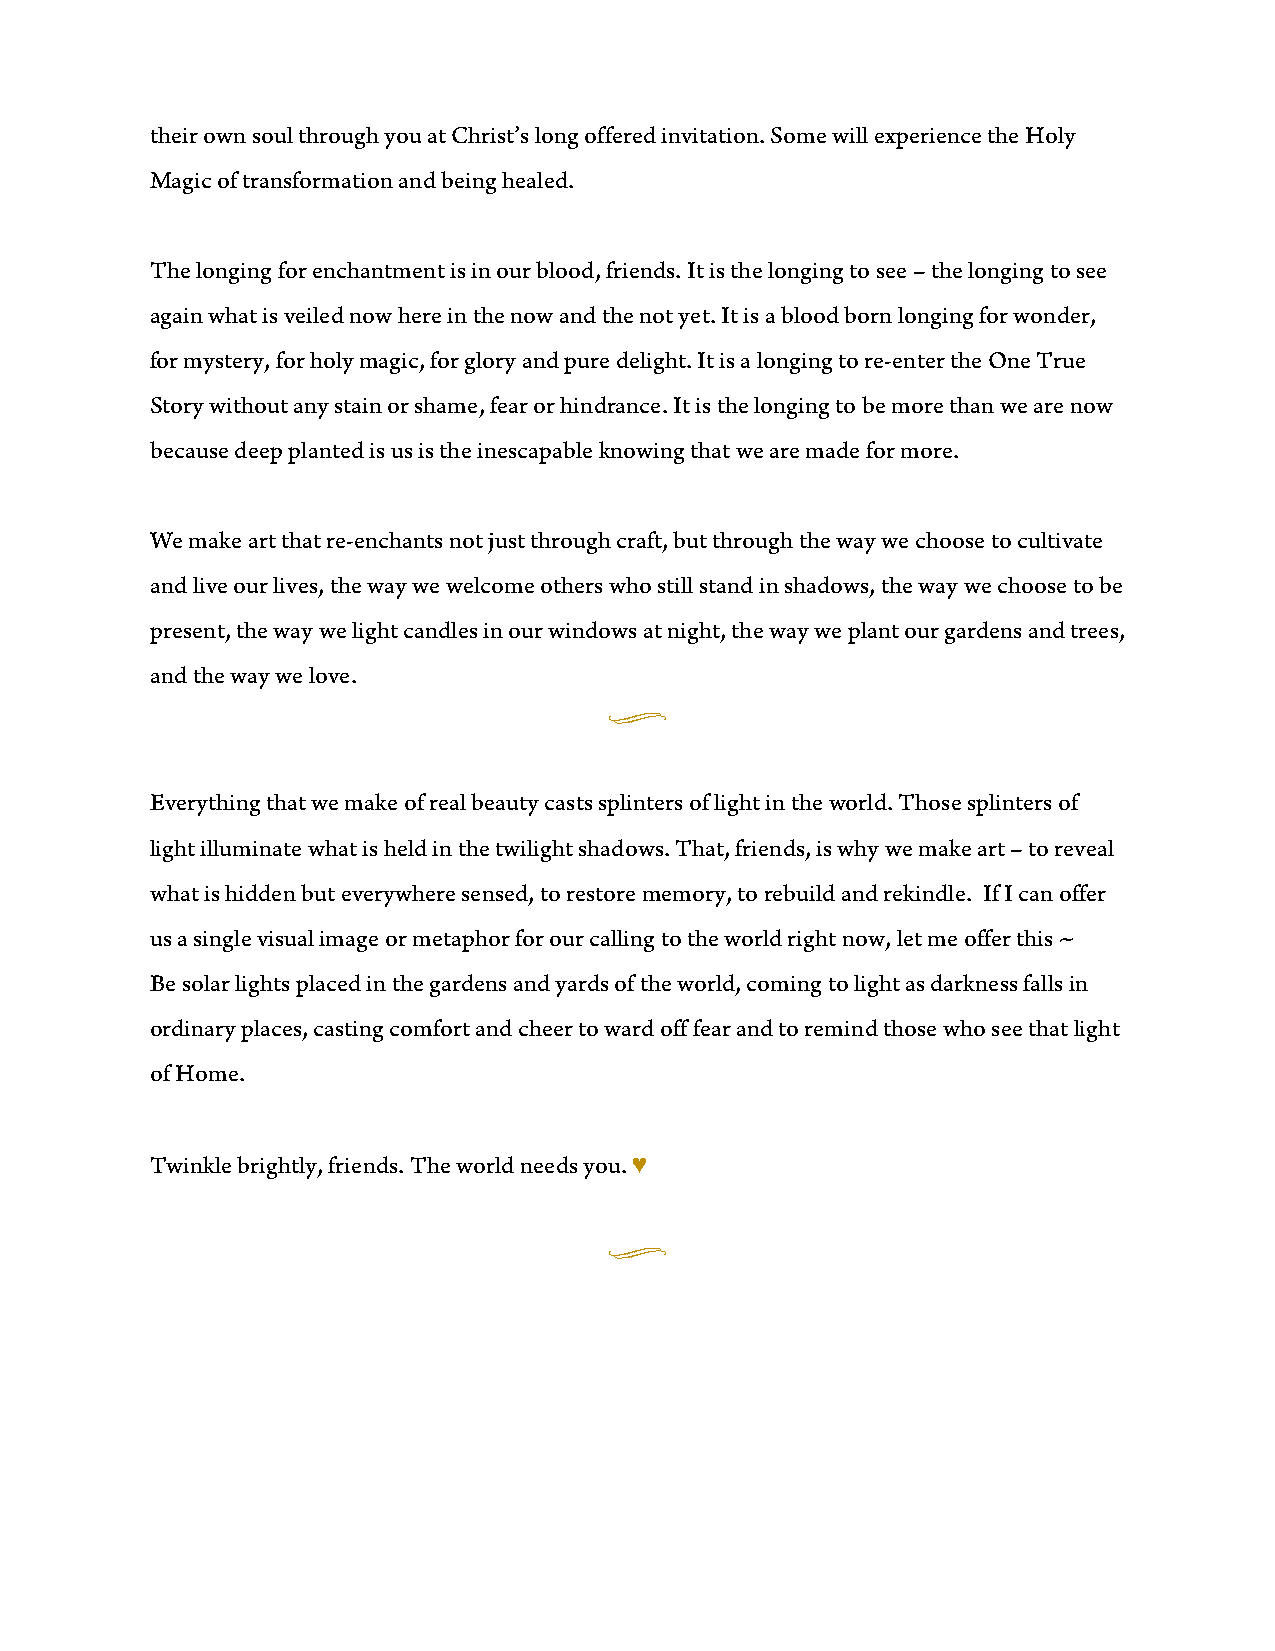
their own soul through you at Christ’s long offered invitation. Some will experience the Holy
 Magic of transformation and being healed.
 The longing for enchantment is in our blood, friends. It is the longing to see – the longing to see
 again what is veiled now here in the now and the not yet. It is a blood born longing for wonder,
 for mystery, for holy magic, for glory and pure delight. It is a longing to re-enter the One True
 Story without any stain or shame, fear or hindrance. It is the longing to be more than we are now
 because deep planted is us is the inescapable knowing that we are made for more.
 We make art that re-enchants not just through craft, but through the way we choose to cultivate
 and live our lives, the way we welcome others who still stand in shadows, the way we choose to be
 present, the way we light candles in our windows at night, the way we plant our gardens and trees,
 and the way we love.
 u
 Everything that we make of real beauty casts splinters of light in the world. Those splinters of
 light illuminate what is held in the twilight shadows. That, friends, is why we make art – to reveal
 what is hidden but everywhere sensed, to restore memory, to rebuild and rekindle. If I can offer
 us a single visual image or metaphor for our calling to the world right now, let me offer this ~
 Be solar lights placed in the gardens and yards of the world, coming to light as darkness falls in
 ordinary places, casting comfort and cheer to ward off fear and to remind those who see that light
 of Home.
 Twinkle brightly, friends. The world needs you. ♥
 u